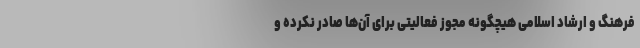
فرهنگ و ارشاد اسلامی هیچگونه مجوز فعالیتی برای آن‌ها صادر نکرده و